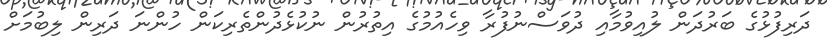
ދަރިފުޅުގެ ބަރުދަން ލުއިވުމާއި ދުވަސްނުފުރާ ވިހެއުމުގެ އިތުރުން ނުކުޅެދުންތެރިކަން ހުންނަ ދަރިން ލިބުމަށް